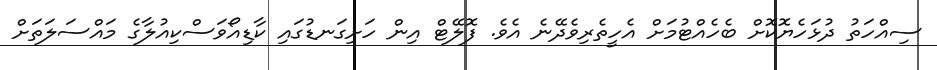
ސިއްހަތު ދުޅަހެޔޮޮކޮށް ބެހެއްޓުމަށް އެހީތެރިވެދޭނެ އެވެ. ފޮލޭޓް އިން ހަށިގަނޑުގައި ކާޑިއޯވަސްކިއުލާގެ މައްސަލަތަށް